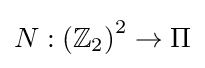
N:\left(\mathbb {Z} _{2}\right)^{2}\rightarrow \Pi